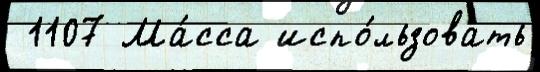
 1107 Ма́сса испо́льзовать